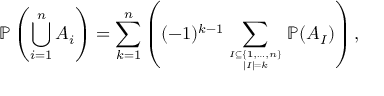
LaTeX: \mathbb { P } \left( \bigcup _ { i = 1 } ^ { n } A _ { i } \right) = \sum _ { k = 1 } ^ { n } \left( ( - 1 ) ^ { k - 1 } \sum _ { I \subseteq \{ 1 , \ldots , n \} \atop | I | = k } \mathbb { P } ( A _ { I } ) \right) ,